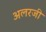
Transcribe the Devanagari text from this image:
अलरजी